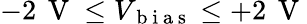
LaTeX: -2\, \mathrm{~V~}\leq V_{\mathrm{~b~i~a~s~}}\leq+2\, \mathrm{~V~}